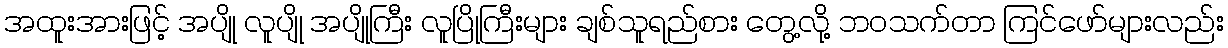
အထူးအားဖြင့် အပျို လူပျို အပျိုကြီး လူပြိုကြီးများ ချစ်သူရည်စား တွေ့လို့ ဘဝသက်တာ ကြင်ဖော်များလည်း